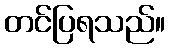
တင်ပြရသည်။